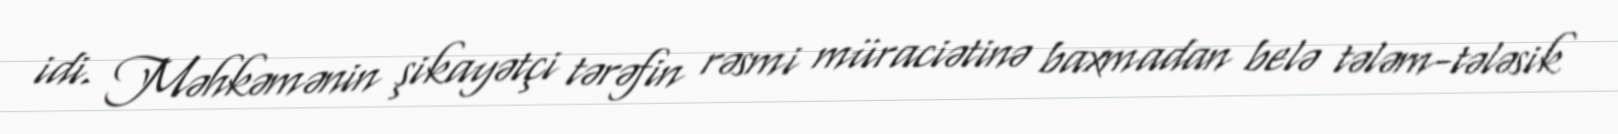
idi. Məhkəmənin şikayətçi tərəfin rəsmi müraciətinə baxmadan belə tələm-tələsik